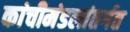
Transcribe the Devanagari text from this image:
कांचीमंडलांतर्गत